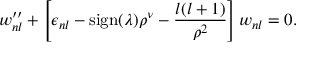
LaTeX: w _ { n l } ^ { \prime \prime } + \left[ \epsilon _ { n l } - \mathrm { s i g n } ( \lambda ) \rho ^ { \nu } - \frac { l ( l + 1 ) } { \rho ^ { 2 } } \right] w _ { n l } = 0 .